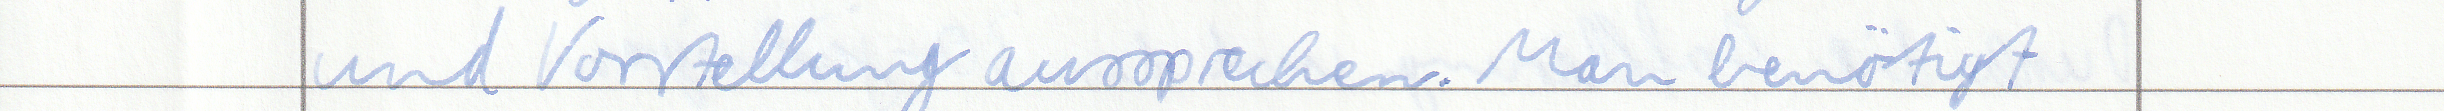
und Vorstellung aussprechen. Man benötigt